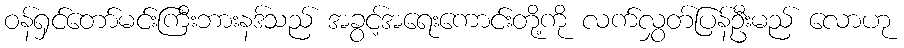
ဝန်ရှင်တော်မင်းကြီးဘားနဒ်သည် အခွင့်အရေးကောင်းတို့ကို လက်လွှတ်ပြန်ဦးမည် လောဟု